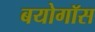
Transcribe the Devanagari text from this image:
बयोगॉस